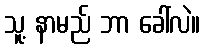
သူ့ နာမည် ဘာ ခေါ်လဲ။